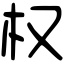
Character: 权